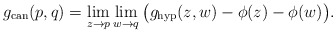
\begin{align*}g_{\mathrm{can}}(p,q)= \lim_{z\rightarrow p}\lim_{w\rightarrow q}\big(g_{\mathrm{hyp}}(z,w)-\phi(z)-\phi(w)\big).\end{align*}